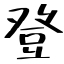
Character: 登